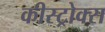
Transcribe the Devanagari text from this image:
कीस्ट्रोक्स